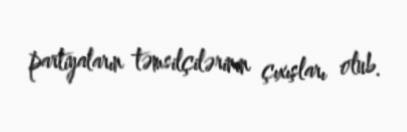
partiyaların təmsilçilərinin çıxışları olub.